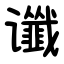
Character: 谶